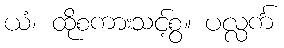
ယံ၊ ထိုစကားသင့်စွ။ ပလ္လင်္က